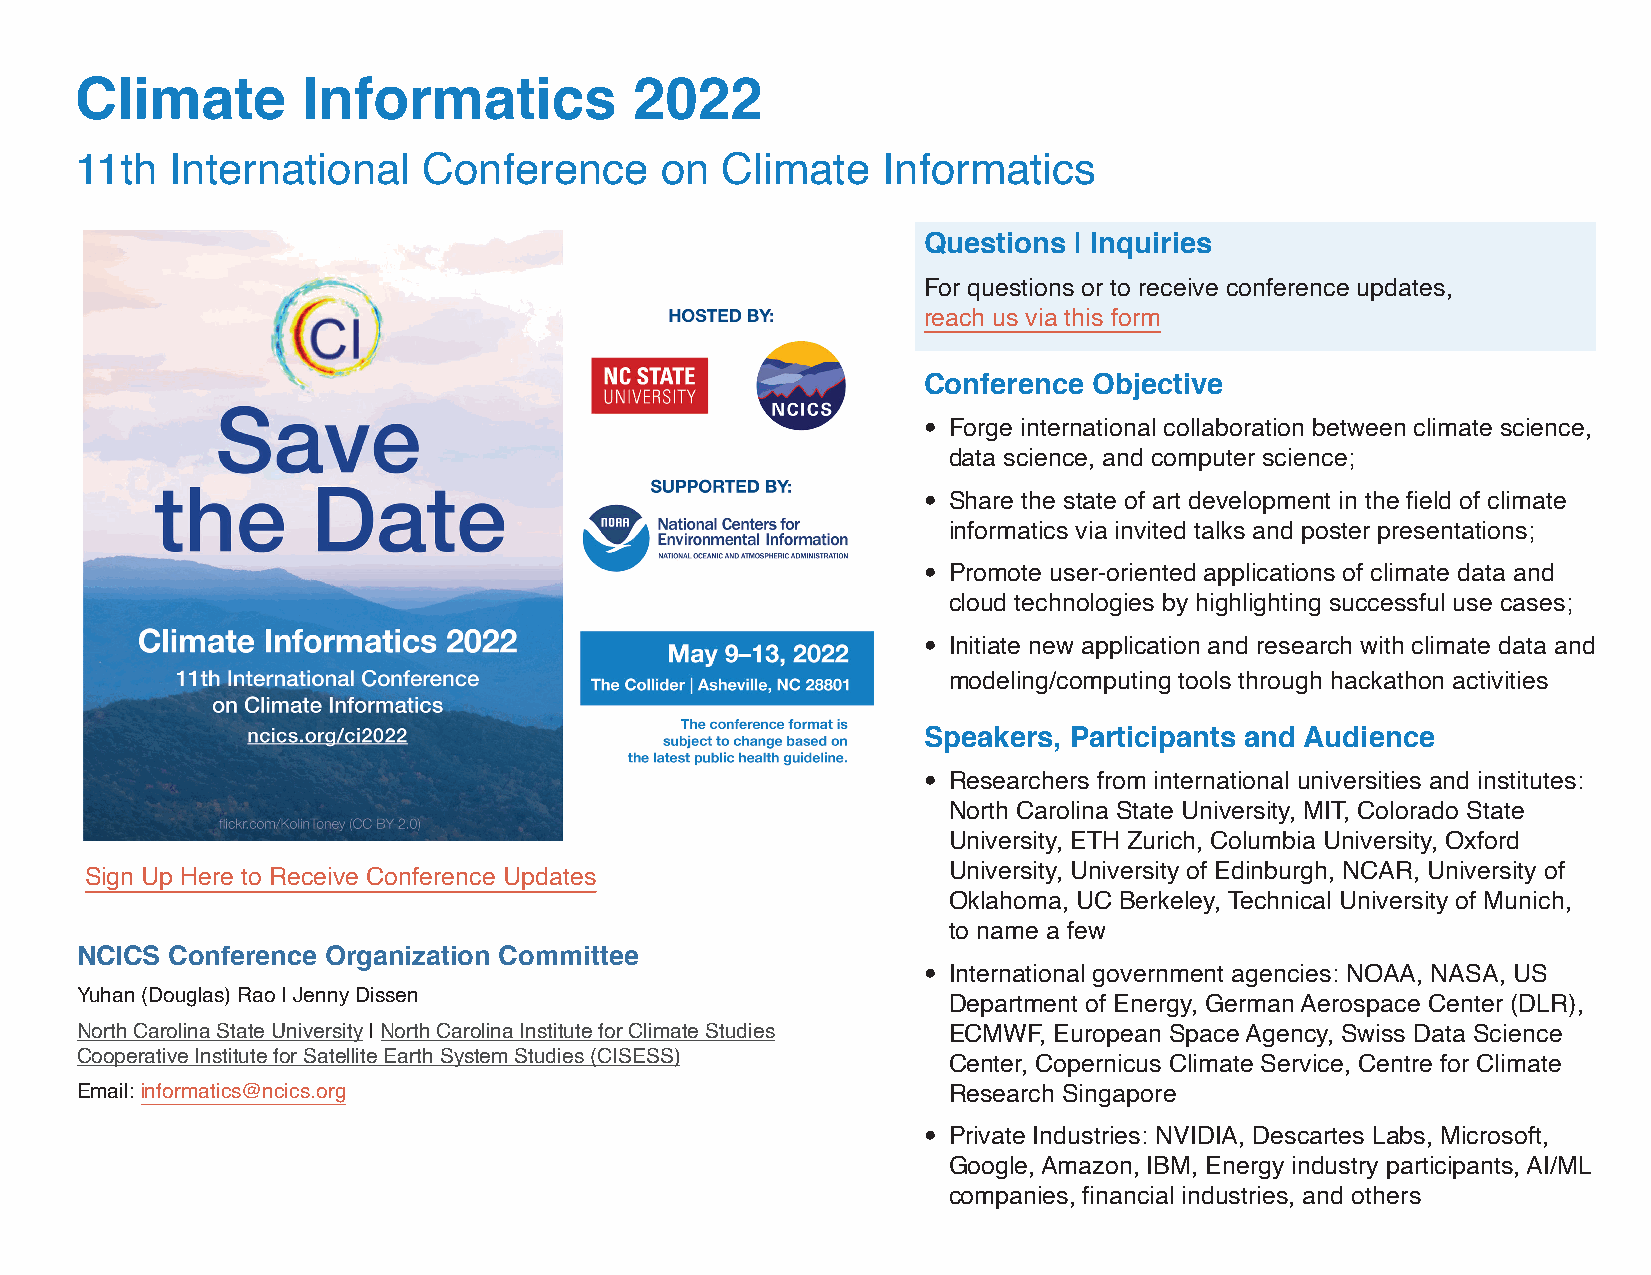
Climate        Informatics           2022
 11th  International    Conference      on  Climate   Informatics
 Questions | Inquiries
 For questions or to receive conference updates,
 reach us via this form
 Conference Objective
  Forge international collaboration between climate science,
 data science, and computer science;
  Share the state of art development in the field of climate
 informatics via invited talks and poster presentations;
  Promote user-oriented applications of climate data and
 cloud technologies by highlighting successful use cases;
  Initiate new application and research with climate data and
 modeling/computing tools through hackathon activities
 Speakers, Participants and Audience
  Researchers from international universities and institutes:
 North Carolina State University, MIT, Colorado State
 University, ETH Zurich, Columbia University, Oxford
 Sign Up Here to Receive Conference Updates               University, University of Edinburgh, NCAR, University of
 Oklahoma, UC Berkeley, Technical University of Munich,
 to name a few
 NCICS Conference Organization Committee
  International government agencies: NOAA, NASA, US
 Yuhan (Douglas) Rao | Jenny Dissen
 Department of Energy, German Aerospace Center (DLR),
 North Carolina State University | North Carolina Institute for Climate Studies ECMWF, European Space Agency, Swiss Data Science
 Cooperative Institute for Satellite Earth System Studies (CISESS)
 Center, Copernicus Climate Service, Centre for Climate
 Email: informatics@ncics.org                              Research Singapore
  Private Industries: NVIDIA, Descartes Labs, Microsoft,
 Google, Amazon, IBM, Energy industry participants, AI/ML
 companies, financial industries, and others